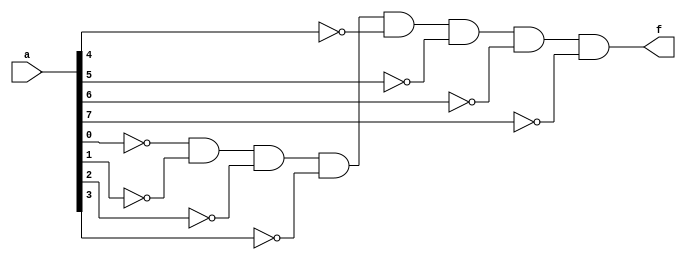
module check0(a,f);
input[7:0] a;
output f;
wire[7:0] n;
xnor(n[0],a[0],1'b0);
xnor(n[1],a[1],1'b0);
xnor(n[2],a[2],1'b0);
xnor(n[3],a[3],1'b0);
xnor(n[4],a[4],1'b0);
xnor(n[5],a[5],1'b0);
xnor(n[6],a[6],1'b0);
xnor(n[7],a[7],1'b0);
and(f,n[0],n[1],n[2],n[3],n[4],n[5],n[6],n[7]);
endmodule